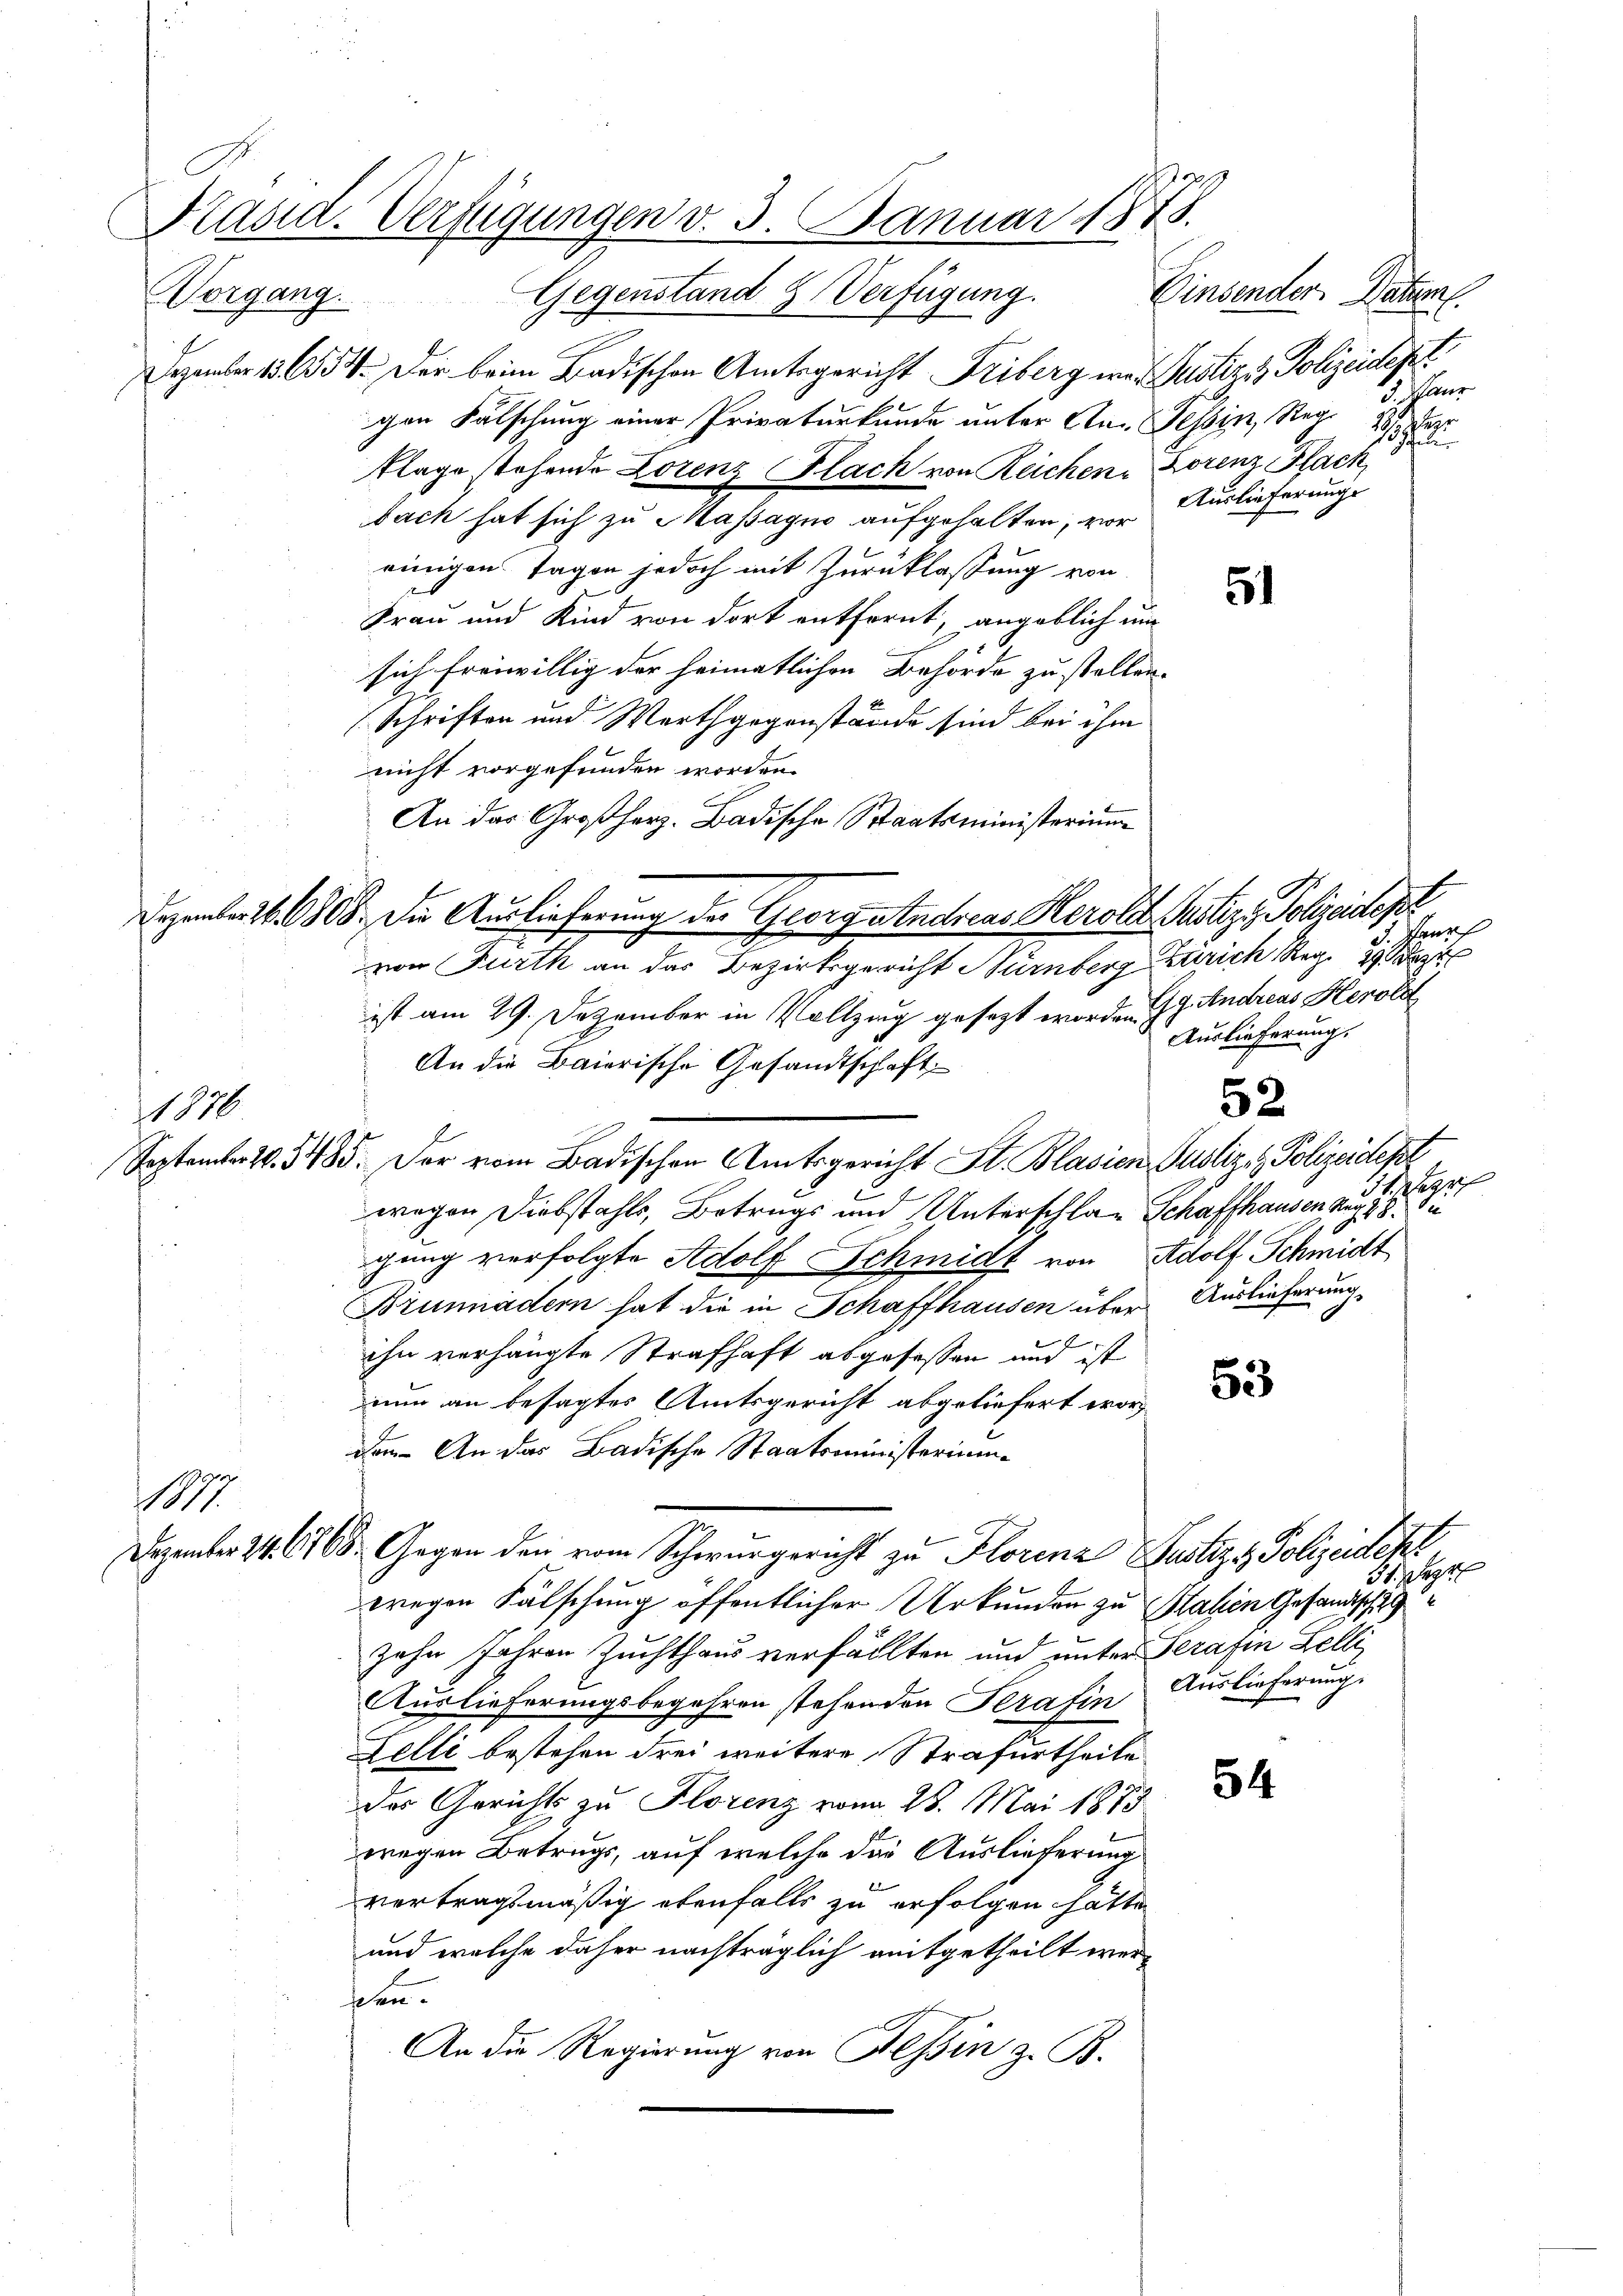
Dezember 186554. Der beim Badischen Amtsgericht Friberg war Justiz & Polizeidept
gen Fälschung einer Privaturkunde unter An-Tessin, Reg. 3. Janr
klage stehende Lorenz Flach von Reichen Lorenz Flach,
bach hat sich zu Massagio aufgehalten, vor
einigen Tagen jedoch mit Zurücklassung von
Frau und Kind von dort entfernt, angeblich um
sich freiwillig der heimatlichen Behörde zu stellen.
 Schriften und Werthgegenstände sind bei ihm
nicht vorgefunden worden.
An das Großherz. Badische Staatsministerium
Dezember 1808. Die Auslieferung der Georg andreas Herole Justiz - Polizeidept
von Furth an das Bezirksgericht Nürnberg Zürich Reg. 39 dat
ist am 29. Dezember in Vollzug gesezt worden. J. Andreas Herold
An die Baierische Gesandtschaft
September 2. 3485. Der vom Badischen Amtsgericht St. Blasien Pustiz- & Polizeidesl
wegen Diebstahls, Betrugs und Unterschla-Schaffhausen Aug 18 die
gung verfolgte Adolf Schmidt von Adolf Schmidt
Brunnädern hat die in Schaffhausen über Auslieferung
ihn verhängte Strafhaft abgefassen und ist
53
nun an besagtes Amtsgericht abgeliefert wordem. An das Badische Staatsministerium
M.
Dezember 24. 668. Gegen den vom Schwurgericht zu Florena Justiz & Polizeidek,
wegen Fälschung öffentlicher Urkunden zu Sahen Gesandtschaf
zehn Jahren Zuchthaus verfällten und unter Serafen Lelli
Auslieferungsbegehren stehenden Serafin Auslieferung.
Lelli bestehen drei weitere Strafurtheile
54
das Gerichts zu Florenz vom 28. Mai 1873
wegen Betrugs, auf welche die Auslieferung
vertragsmäßig ebenfalls zu erfolgen hätte
und welche daher nachträglich mitgetheilt werseen.
An die Regierung von Tessin z. B.

1870

a
Prand. Verfügungen v. 3. Januar 1875.
Gegenstand & Verfügung. Einsender Batzen.
Vorgang.

Papr
eheli
Auslieferunge

51

ene
Auslieferung.

52

Gerich

31.